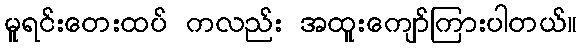
မူရင်းတေးထပ် ကလည်း အထူးကျော်ကြားပါတယ်။